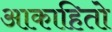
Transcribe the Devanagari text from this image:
आकाहितो